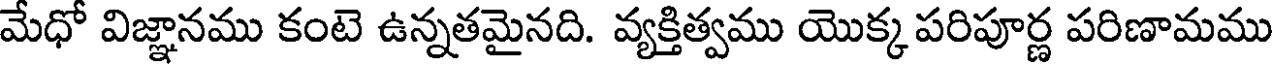
మేధో విజ్ఞానము కంటె ఉన్నతమైనది. వ్యక్తిత్వము యొక్క పరిపూర్ణ పరిణామము